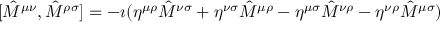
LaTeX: [ { \hat { M } } ^ { \mu \nu } , { \hat { M } } ^ { \rho \sigma } ] = - \imath ( { \eta } ^ { \mu \rho } { \hat { M } } ^ { \nu \sigma } + { \eta } ^ { \nu \sigma } { \hat { M } } ^ { \mu \rho } - { \eta } ^ { \mu \sigma } { \hat { M } } ^ { \nu \rho } - { \eta } ^ { \nu \rho } { \hat { M } } ^ { \mu \sigma } )